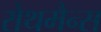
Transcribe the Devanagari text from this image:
रोथमैन्स